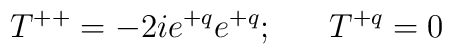
T^{++}=-2ie^{+q}e^{+q};\ \ \ \ \ T^{+q}=0